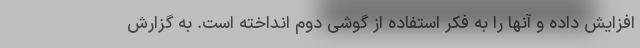
افزایش داده و آنها را به فکر استفاده از گوشی دوم انداخته است. به گزارش